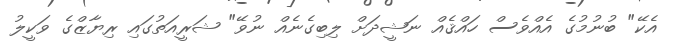
އެކޭ" ބުނުމުގެ އެއްވެސް ހައްޤެއް ނަޝީދަށް ލިބިގެނެއް ނުވޭ" ޝަރީއަތުގައި ރިޔާޒްގެ ވަކީލު